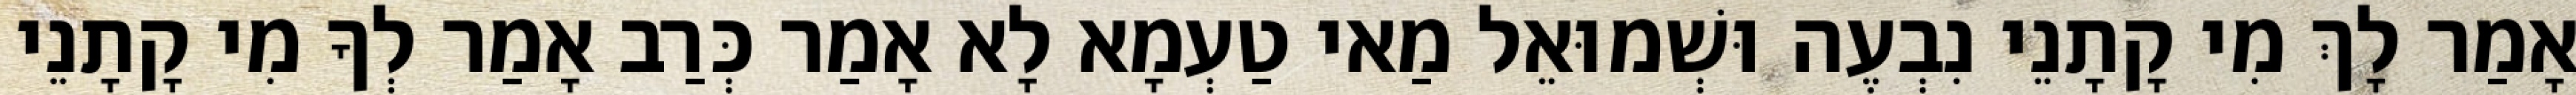
אָמַר לָךְ מִי קָתָנֵי נִבְעֶה וּשְׁמוּאֵל מַאי טַעְמָא לָא אָמַר כְּרַב אָמַר לְךָ מִי קָתָנֵי